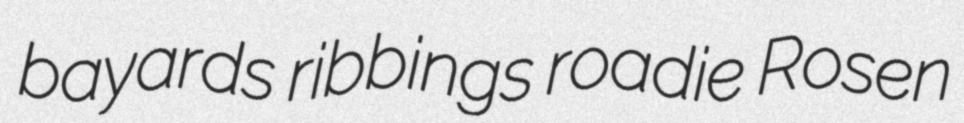
bayards ribbings roadie Rosen